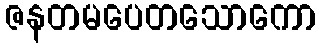
ဇနတမပေတသောကော